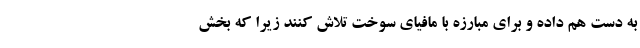
به دست هم داده و برای مبارزه با مافیای سوخت تلاش کنند زیرا که بخش